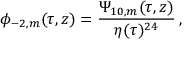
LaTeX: \phi _ { - 2 , m } ( \tau , z ) = \frac { \Psi _ { 1 0 , m } ( \tau , z ) } { \eta ( \tau ) ^ { 2 4 } } \, ,